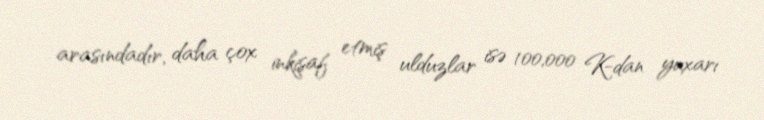
arasındadır, daha çox inkişaf etmiş ulduzlar isə 100,000 K-dan yuxarı